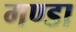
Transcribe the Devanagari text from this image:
गण्डा